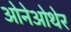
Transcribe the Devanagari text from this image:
ओनेओथेर